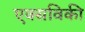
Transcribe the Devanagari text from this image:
एक्सविकी